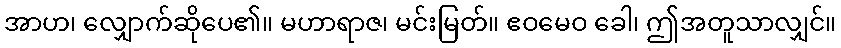
အာဟ၊ လျှောက်ဆိုပေ၏။ မဟာရာဇ၊ မင်းမြတ်။ ဧဝမေဝ ခေါ၊ ဤအတူသာလျှင်။